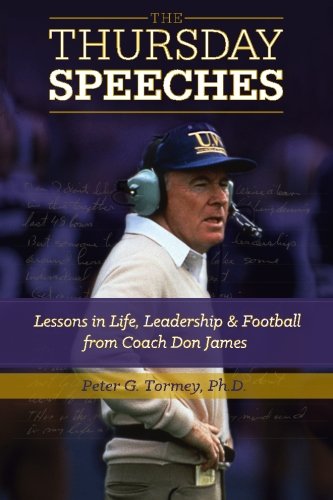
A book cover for The Thursday Speeches: Lessons in Life, Leadership, and Football from Coach Don James; Peter G. Tormey; Sports & Outdoors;